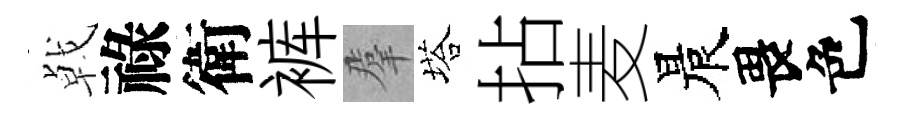
㦸祿衛裤羣塔拈麦晨畏色